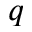
q